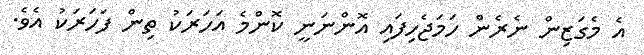
އެ މެގަޒިން ނެރެން ހަމަޖެހިފައި އޮންނަނީ ކޮންމެ އަހަރަކު ތިން ފަހަރަކު އެވެ.